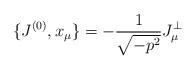
LaTeX: \begin{align*}\{J^{(0)},x_{\mu}\}=-\frac{1}{\sqrt{-p^{2}}}J^{\bot}_{\mu}\end{align*}